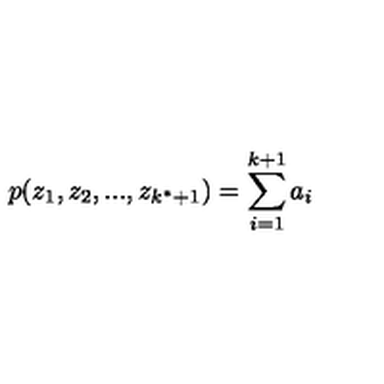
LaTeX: p ( z _ { 1 } , z _ { 2 } , . . . , z _ { k ^ { \ast } + 1 } ) = \sum _ { i = 1 } ^ { k + 1 } a _ { i }